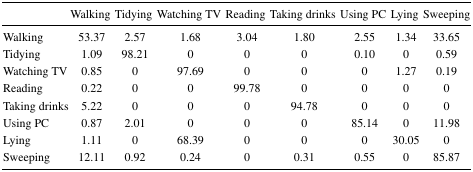
<table><thead><tr><td></td><td><b>Walking</b></td><td><b>Tidying</b></td><td><b>Watching TV</b></td><td><b>Reading</b></td><td><b>Taking drinks</b></td><td><b>Using PC</b></td><td><b>Lying</b></td><td><b>Sweeping</b></td></tr></thead><tbody><tr><td>Walking</td><td>53.37</td><td>2.57</td><td>1.68</td><td>3.04</td><td>1.80</td><td>2.55</td><td>1.34</td><td>33.65</td></tr><tr><td>Tidying</td><td>1.09</td><td>98.21</td><td>0</td><td>0</td><td>0</td><td>0.10</td><td>0</td><td>0.59</td></tr><tr><td>Watching TV</td><td>0.85</td><td>0</td><td>97.69</td><td>0</td><td>0</td><td>0</td><td>1.27</td><td>0.19</td></tr><tr><td>Reading</td><td>0.22</td><td>0</td><td>0</td><td>99.78</td><td>0</td><td>0</td><td>0</td><td>0</td></tr><tr><td>Taking drinks</td><td>5.22</td><td>0</td><td>0</td><td>0</td><td>94.78</td><td>0</td><td>0</td><td>0</td></tr><tr><td>Using PC</td><td>0.87</td><td>2.01</td><td>0</td><td>0</td><td>0</td><td>85.14</td><td>0</td><td>11.98</td></tr><tr><td>Lying</td><td>1.11</td><td>0</td><td>68.39</td><td>0</td><td>0</td><td>0</td><td>30.05</td><td>0</td></tr><tr><td>Sweeping</td><td>12.11</td><td>0.92</td><td>0.24</td><td>0</td><td>0.31</td><td>0.55</td><td>0</td><td>85.87</td></tr></tbody></table>